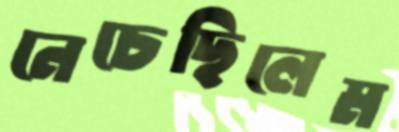
নেচেছিলেম